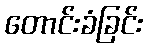
တောင်းခံခြင်း